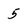
Character: 5